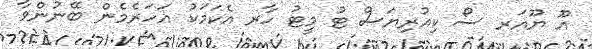
އޫ ޔޫއަރ ސޯ ކިއުރިޔަސް ޓު މީޓު ހާރ އެކަމަކު އަހަރެމެން ބޭނުންވާ